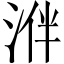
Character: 𣵲